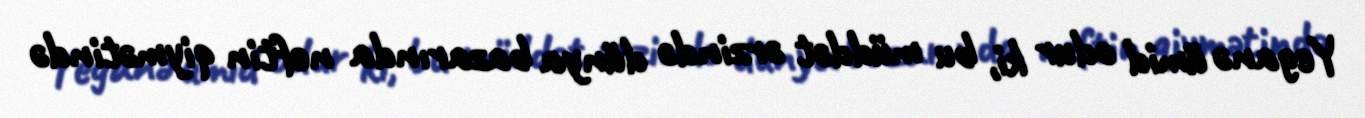
Yeganə ümid odur ki, bu müddət ərzində dünya bazarında neftin qiymətində